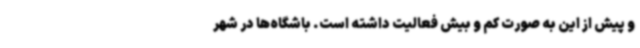
و پیش از این به صورت کم و بیش فعالیت داشته‌ است. باشگاه‌ها در شهر